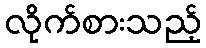
လိုက်စားသည့်